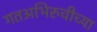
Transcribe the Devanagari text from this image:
गतअभिरुचीच्या